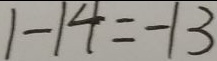
1 - 1 4 = - 1 3